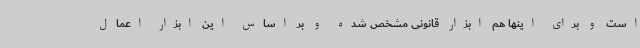
است و برای اینها هم ابزار قانونی مشخص شده و بر اساس این ابزار اعمال